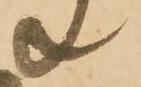
共